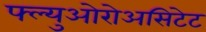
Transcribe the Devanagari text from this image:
फ्ल्युओरोअसिटेट